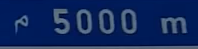
ρ5000m